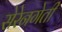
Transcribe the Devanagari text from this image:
सेरेनगेती